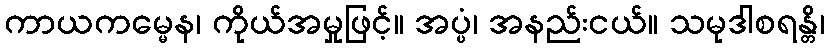
ကာယကမ္မေန၊ ကိုယ်အမှုဖြင့်။ အပ္ပံ၊ အနည်းငယ်။ သမုဒါစရန္တိ၊